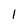
Character: 1